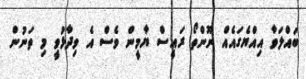
ބައްލަވާ އިއްޔެގައެއް ނޫންތޯ ރައީސް ޔާމީން ވެސް އެ ވިދާޅުވީ މި ތަނުން